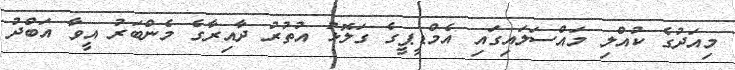
މިއަދުގެ ކުއްލި މައްސަލައިގައި އެމްޑީޕީގެ ގަލޮޅު އުތުުރު ދާއިރާގެ މެންބަރު އީވާ އަބްދު